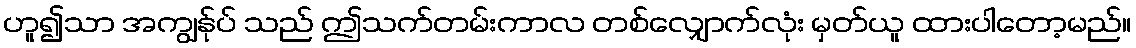
ဟူ၍သာ အကျွန်ုပ် သည် ဤသက်တမ်းကာလ တစ်လျှောက်လုံး မှတ်ယူ ထားပါတော့မည်။